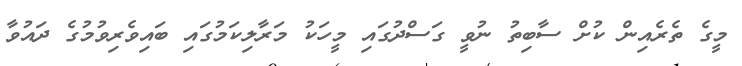
މީގެ ތެރެއިން ކުށް ސާބިތު ނުވީ ގަސްދުގައި މީހަކު މަރާލިކަމުގައި ބައިވެރިވުމުގެ ދައުވާ